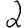
Digit: 2